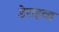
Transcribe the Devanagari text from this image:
डेराइव्ड